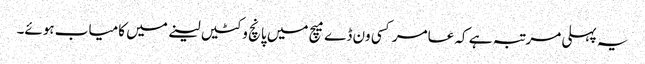
یہ پہلی مرتبہ ہے کہ عامر کسی ون ڈے میچ میں پانچ وکٹیں لینے میں کامیاب ہوئے۔